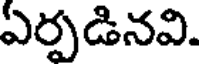
ఏర్పడినవి.